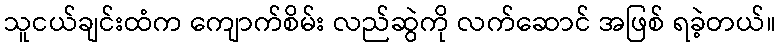
သူငယ်ချင်းထံက ကျောက်စိမ်း လည်ဆွဲကို လက်ဆောင် အဖြစ် ရခဲ့တယ်။